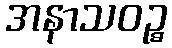
အနာသဝဉ္စ